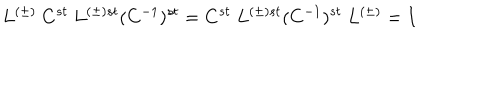
LaTeX: L ^ { ( \pm ) } \ C ^ { s t } \ L ^ { ( \pm ) s t } ( C ^ { - 1 } ) ^ { s t } = C ^ { s t } \ L ^ { ( \pm ) s t } ( C ^ { - 1 } ) ^ { s t } \ L ^ { ( \pm ) } = I